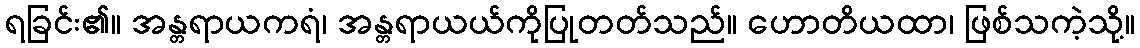
ရခြင်း၏။ အန္တရာယကရံ၊ အန္တရာယယ်ကိုပြုတတ်သည်။ ဟောတိယထာ၊ ဖြစ်သကဲ့သို့။